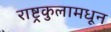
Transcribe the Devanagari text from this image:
राष्ट्रकुलामधून